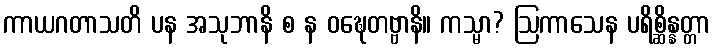
ကာယဂတာသတိ ပန အသုဘာနိ စ န ဝဍ္ဎေတဗ္ဗာနိ။ ကသ္မာ? ဩကာသေန ပရိစ္ဆိန္နတ္တာ